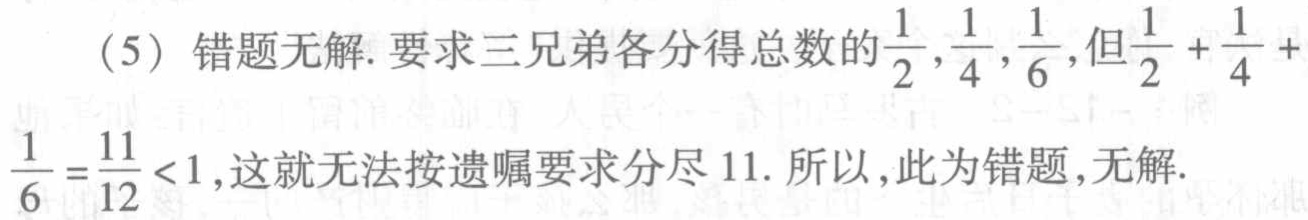
（5）错题无解. 要求三兄弟各分得总数的$\frac{1}{2},\frac{1}{4},\frac{1}{6}$,但$\frac{1}{2}+\frac{1}{4}+$

$\frac{1}{6}=\frac{11}{12}<1$,这就无法按遗嘱要求分尽 11. 所以,此为错题,无解.